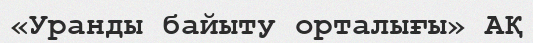
«Уранды байыту орталығы» АҚ